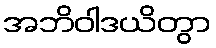
အဘိဝါဒယိတွာ